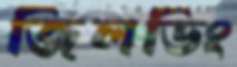
জিলডিং